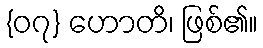
{၀၇} ဟောတိ၊ ဖြစ်၏။